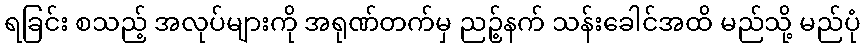
ရခြင်း စသည့် အလုပ်များကို အရုဏ်တက်မှ ညဉ့်နက် သန်းခေါင်အထိ မည်သို့ မည်ပုံ